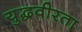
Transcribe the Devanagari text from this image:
युद्धवीरता